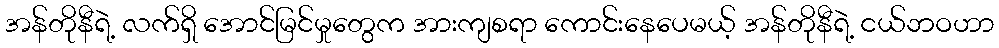
အန်တိုနီရဲ့ လက်ရှိ အောင်မြင်မှုတွေက အားကျစရာ ကောင်းနေပေမယ့် အန်တိုနီရဲ့ ငယ်ဘဝဟာ